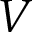
V